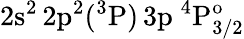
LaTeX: \mathrm{2s^{2}\, 2p^{2}(^{3}P)\, 3p~^{4}P_{3/2}^{o}}